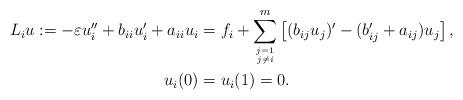
LaTeX: \begin{align*}L_i u := -\varepsilon u_i'' + b_{ii}u_i' + a_{ii}u_i &= f_i + \sum_{\genfrac{}{}{0pt}{}{j=1}{j\ne i}}^m \left[ (b_{ij}u_j)' - (b_{ij}'+a_{ij})u_j \right],\\ u_i(0) &= u_i(1) = 0.\end{align*}